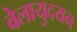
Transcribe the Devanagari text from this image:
वेलायुदयन